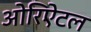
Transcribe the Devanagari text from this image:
ओरिऐंटल